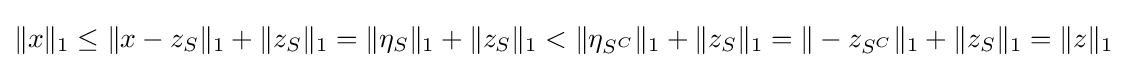
\|x\|_{1}\leq \|x-z_{S}\|_{1}+\|z_{S}\|_{1}=\|\eta _{S}\|_{1}+\|z_{S}\|_{1}<\|\eta _{S^{C}}\|_{1}+\|z_{S}\|_{1}=\|-z_{S^{C}}\|_{1}+\|z_{S}\|_{1}=\|z\|_{1}